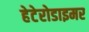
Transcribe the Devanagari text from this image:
हेटेरोडाइमर